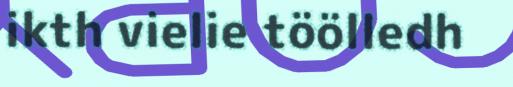
ikth vielie töölledh